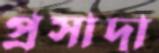
প্রসাদা